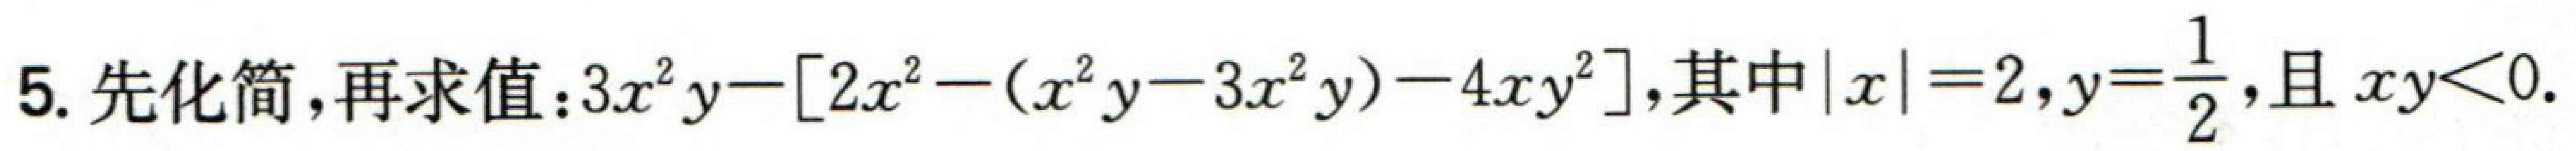
5. 先化简，再求值：\(3x^{2}y-\left[2x^{2}-(x^{2}y - 3x^{2}y)-4xy^{2}\right]\)，其中\(\vert x\vert = 2\)，\(y = \frac{1}{2}\)，且\(xy<0\).